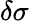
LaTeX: \delta\sigma